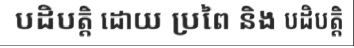
បដិបត្តិ ដោយ ប្រពៃ និង បដិបត្តិ